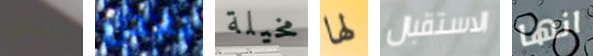
الشاي بعض مخيلة لها الاستقبال انها